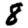
Digit: 8